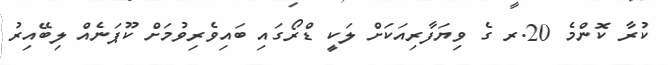
ކުރާ ކޮންމެ 20.ރ ގެ ވިޔަފާރިއަކަށް ލަކީ ޑްރޯގައި ބައިވެރިވުމަށް ކޫޕަނެއް ލިބޭއިރު